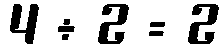
4 ÷ 2 = 2